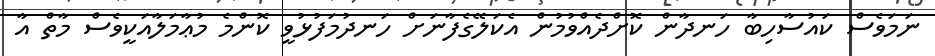
ނަމަވެސް ކައުސާހިބާ ހަނދާން ކޮށްދެއްވުމުން އެކަލޭގެފާނަށް ހަނދުމަފުޅުވީ ކޮންމެ މުޢާމަލާއަކީވެސް މާތް އާ